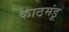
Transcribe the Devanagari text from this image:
काठमंडू